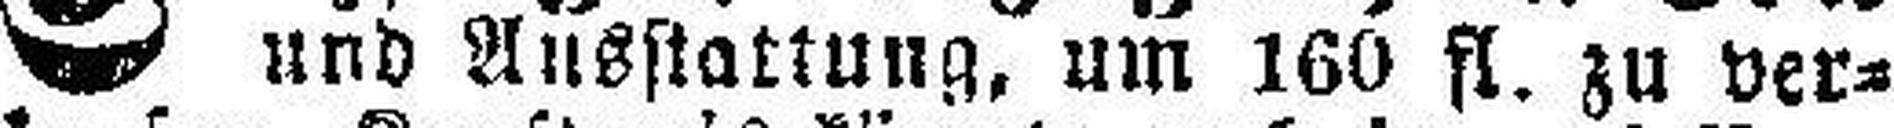
und Ausstattung, um 160 fl. zu ver¬